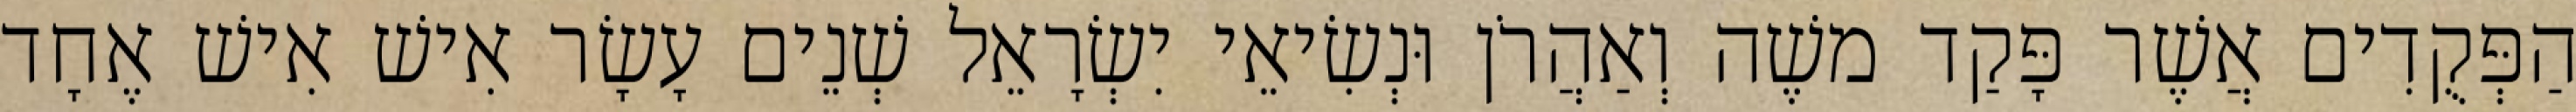
הַפְּקֻדִים אֲשֶׁר פָּקַד משֶׁה וְאַהֲרֹן וּנְשִׂיאֵי יִשְׂרָאֵל שְׁנֵים עָשָׂר אִישׁ אִישׁ אֶחָד